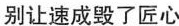
别让速成毁了匠心